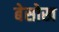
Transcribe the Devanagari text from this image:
बेसोख